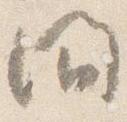
間